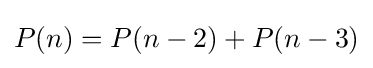
P(n)=P(n-2)+P(n-3)